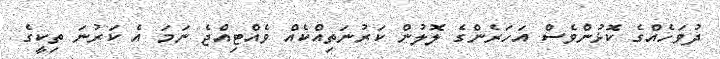
ދުވަހެއްގެ ކޮޅުންވެސް އަހަރެންގެ ލޮލުން ކަރުނަތިއްކެއް ވެއްޓިއްޖެ ނަމަ އެ ކަރުނަ ތިކީގެ